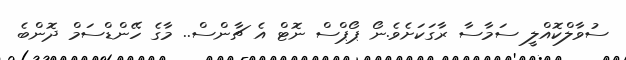
ސުވާލްކޮއްލީ ސަމާސާ ރާގަކަށެވެ.ނޯ ޕޯޕްސް ނޮޓް އެ ޗާންސް.. މާގެ ހޭންޑްސަމް ދޮންބެ